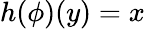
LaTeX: h(\phi)(y)=x